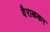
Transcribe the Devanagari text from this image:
वैराळकर